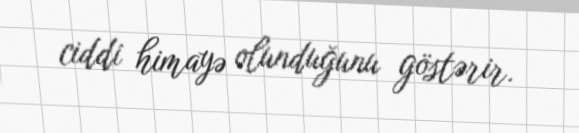
ciddi himayə olunduğunu göstərir.